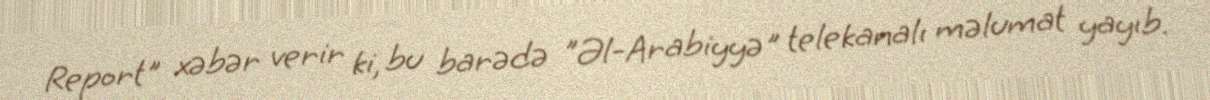
Report" xəbər verir ki, bu barədə "Əl-Arabiyyə" telekanalı məlumat yayıb.